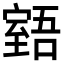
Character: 𦥉